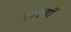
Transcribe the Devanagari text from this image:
१९४वॉ